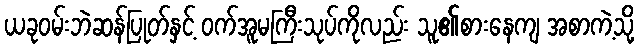
ယခုဝမ်းဘဲဆန်ပြုတ်နှင့် ဝက်အူမကြီးသုပ်ကိုလည်း သူ၏စားနေကျ အစာကဲ့သို့